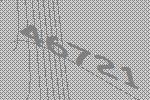
46721